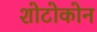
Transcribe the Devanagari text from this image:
शोटोकोन